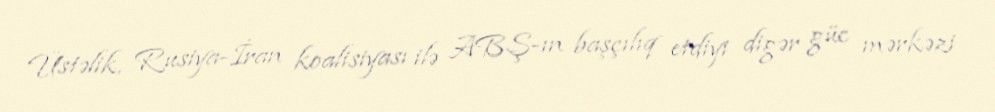
Üstəlik, Rusiya-İran koalisiyası ilə ABŞ-ın başçılıq etdiyi digər güc mərkəzi